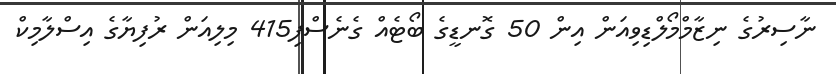
ނާސިރުގެ ނިޒާމްމޯލްޑިވިއަން އިން 50 ގޮނޑީގެ ބޯޓެއް ގެނެސްފި415 މިލިއަން ރުފިޔާގެ އިސްލާމިކް